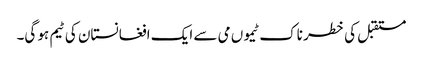
مستقبل کی خطر ناک ٹیموں می سے ایک افغانستان کی ٹیم ہو گی۔